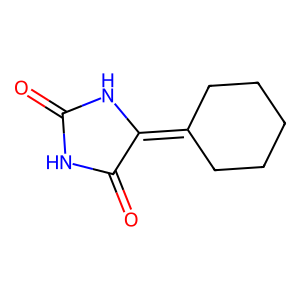
SMILES: O=C1NC(=O)C(=C2CCCCC2)N1
Inhibits HIV replication: No